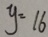
y = 1 6